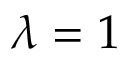
\lambda = 1